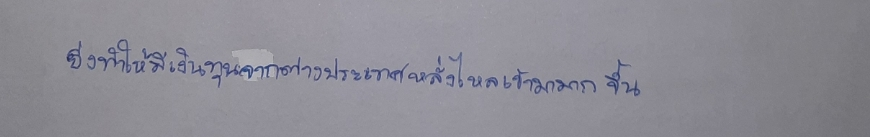
ยิ่งทำให้มีเงินทุนจากต่างประเทศหลั่งไหลเข้ามามากขึ้น